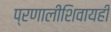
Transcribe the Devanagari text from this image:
प्रणालीशिवायही